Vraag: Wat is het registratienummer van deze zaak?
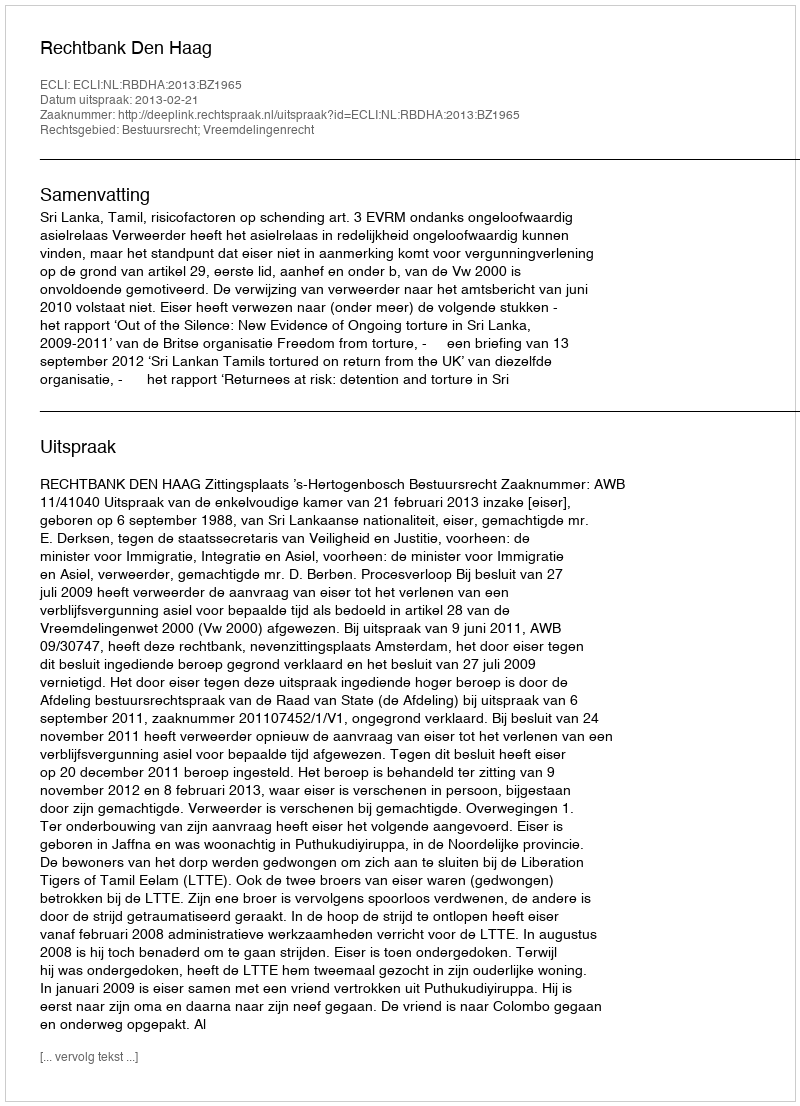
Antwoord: http://deeplink.rechtspraak.nl/uitspraak?id=ECLI:NL:RBDHA:2013:BZ1965